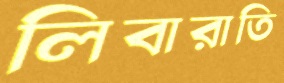
লিবারাতি